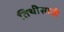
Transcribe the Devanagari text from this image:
तिथीसाठी